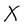
Character: X